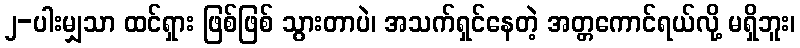
၂-ပါးမျှသာ ထင်ရှား ဖြစ်ဖြစ် သွားတာပဲ၊ အသက်ရှင်နေတဲ့ အတ္တကောင်ရယ်လို့ မရှိဘူး၊